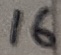
Text: 16